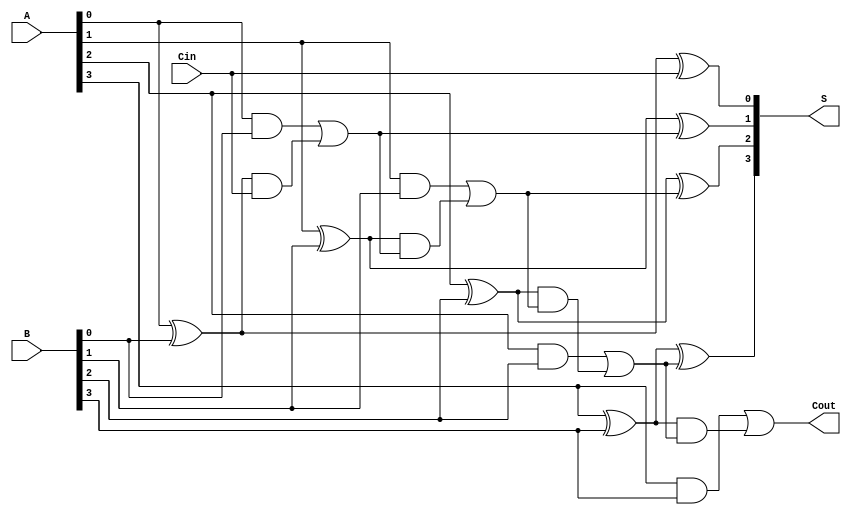
module CarryInLookaheadAdder #(parameter n = 4)(
    input [n-1:0] A,        // First n-bit input
    input [n-1:0] B,        // Second n-bit input
    input Cin,              // Carry-in
    output [n-1:0] S,       // n-bit sum output
    output Cout             // Carry-out
);

    // Generate and propagate signals
    wire [n-1:0] G;         // Generate signals
    wire [n-1:0] P;         // Propagate signals
    wire [n:0] C;           // Carry signals

    // Generate and propagate logic
    genvar i;
    generate
        for (i = 0; i < n; i = i + 1) begin : generate_propagate
            assign G[i] = A[i] & B[i];    // Generate
            assign P[i] = A[i] ^ B[i];    // Propagate
        end
    endgenerate

    // Carry signals calculation
    assign C[0] = Cin; // Initial carry-in
    generate
        for (i = 1; i <= n; i = i + 1) begin : carry_logic
            assign C[i] = G[i-1] | (P[i-1] & C[i-1]);
        end
    endgenerate

    // Sum calculation
    generate
        for (i = 0; i < n; i = i + 1) begin : sum_logic
            assign S[i] = P[i] ^ C[i]; // Sum output
        end
    endgenerate

    // Carry out signal
    assign Cout = C[n]; // Final carry out is C[n]

endmodule